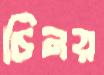
চিনয়